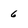
Character: 6